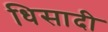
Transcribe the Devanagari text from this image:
धिसादी